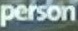
person